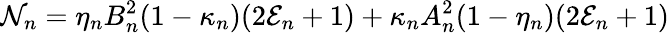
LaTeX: {\cal N}_{n}=\eta_{n}B_{n}^{2}(1-\kappa_{n})(2{\cal E}_{n}+1)+\kappa_{n}A_{n}^{2}(1-\eta_{n})(2{\cal E}_{n}+1)